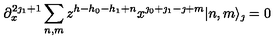
\partial _ { x } ^ { 2 \jmath _ { 1 } + 1 } \sum _ { n , m } z ^ { h - h _ { 0 } - h _ { 1 } + n } x ^ { \jmath _ { 0 } + \jmath _ { 1 } - \jmath + m } | n , m \rangle _ { \jmath } = 0